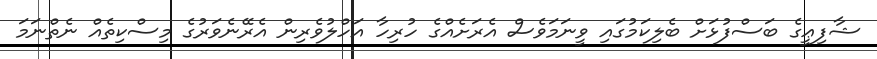
ޝާފިޢީގެ ބަސްފުޅަށް ބެލިކަމުގައި ވީނަމަވެސް އެރަށެއްގެ ހުރިހާ އަހްލުވެރިން އެރޭނެވަރުގެ މިސްކިތެއް ނެތްނަމަ